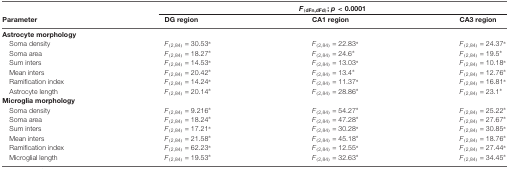
|  | <COLSPAN=3> F(dFn,dFd); p < 0.0001 |
 | Parameter | DG region | CA1 region | CA3 region |
 | --- | --- | --- | --- |
 | Astrocyte morphology |
 | Soma density | F(2,84) = 30.53* | F(2,84) = 22.83* | F(2,84) = 24.37* |
 | Soma area | F(2,84) = 18.27* | F(2,84) = 24.6* | F(2,84) = 19.5* |
 | Sum inters | F(2,84) = 14.53* | F(2,84) = 13.03* | F(2,84) = 10.18* |
 | Mean inters | F(2,84) = 20.42* | F(2,84) = 13.4* | F(2,84) = 12.76* |
 | Ramification index | F(2,84) = 14.24* | F(2,84) = 11.37* | F(2,84) = 16.81* |
 | Astrocyte length | F(2,84) = 20.14* | F(2,84) = 28.86* | F(2,84) = 23.1* |
 | Microglia morphology |
 | Soma density | F(2,84) = 9.216* | F(2,84) = 54.27* | F(2,84) = 25.22* |
 | Soma area | F(2,84) = 18.24* | F(2,84) = 47.28* | F(2,84) = 27.67* |
 | Sum inters | F(2,84) = 17.21* | F(2,84) = 30.28* | F(2,84) = 30.85* |
 | Mean inters | F(2,84) = 21.58* | F(2,84) = 45.18* | F(2,84) = 18.76* |
 | Ramification index | F(2,84) = 62.23* | F(2,84) = 12.55* | F(2,84) = 27.44* |
 | Microglial length | F(2,84) = 19.53* | F(2,84) = 32.63* | F(2,84) = 34.45* |